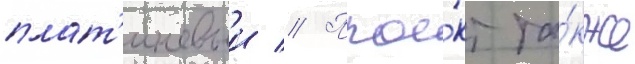
плат'иновыи // Прое́кт та́кже